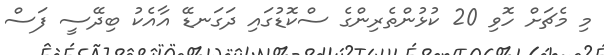
މި މެޗަށް ހޮވި 20 ކުޅުންތެރިންގެ ސްކޮޑުގައި ދަގަނޑޭ އާއެކު ބިދޭސީ ފަސް